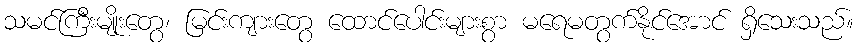
သမင်ကြီးမျိုးတွေ၊ မြင်းကျားတွေ ထောင်ပေါင်းများစွာ မရေမတွက်နိုင်အောင် ရှိသေးသည်။